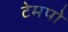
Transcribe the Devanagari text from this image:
टेमपो